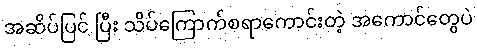
အဆိပ်ပြင် ပြီး သိပ်ကြောက်စရာကောင်းတဲ့ အကောင်တွေပဲ